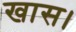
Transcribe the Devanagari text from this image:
खास।